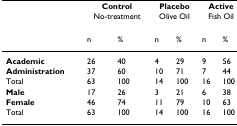
|  | <COLSPAN=2> Control | <COLSPAN=2> Placebo | <COLSPAN=2> Active |
 |  | <COLSPAN=2> No-treatment | <COLSPAN=2> Olive Oil | <COLSPAN=2> Fish Oil |
 |  | n | % | n | % | n | % |
 | --- | --- | --- | --- | --- | --- | --- |
 | Academic | 26 | 40 | 4 | 29 | 9 | 56 |
 | Administration | 37 | 60 | 10 | 71 | 7 | 44 |
 | Total | 63 | 100 | 14 | 100 | 16 | 100 |
 | Male | 17 | 26 | 3 | 21 | 6 | 38 |
 | Female | 46 | 74 | 11 | 79 | 10 | 63 |
 | Total | 63 | 100 | 14 | 100 | 16 | 100 |